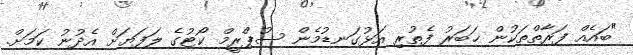
"ބައެއް ފަރާތްތަކުން ޚަބަރު ފެތުރި އަޅުގަނޑުމެން ސުޕްރީމް ކޯޓުގެ ލަފަޔަށް އެދުނު ކަމަށް.